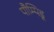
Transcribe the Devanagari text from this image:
पौम्पिडू